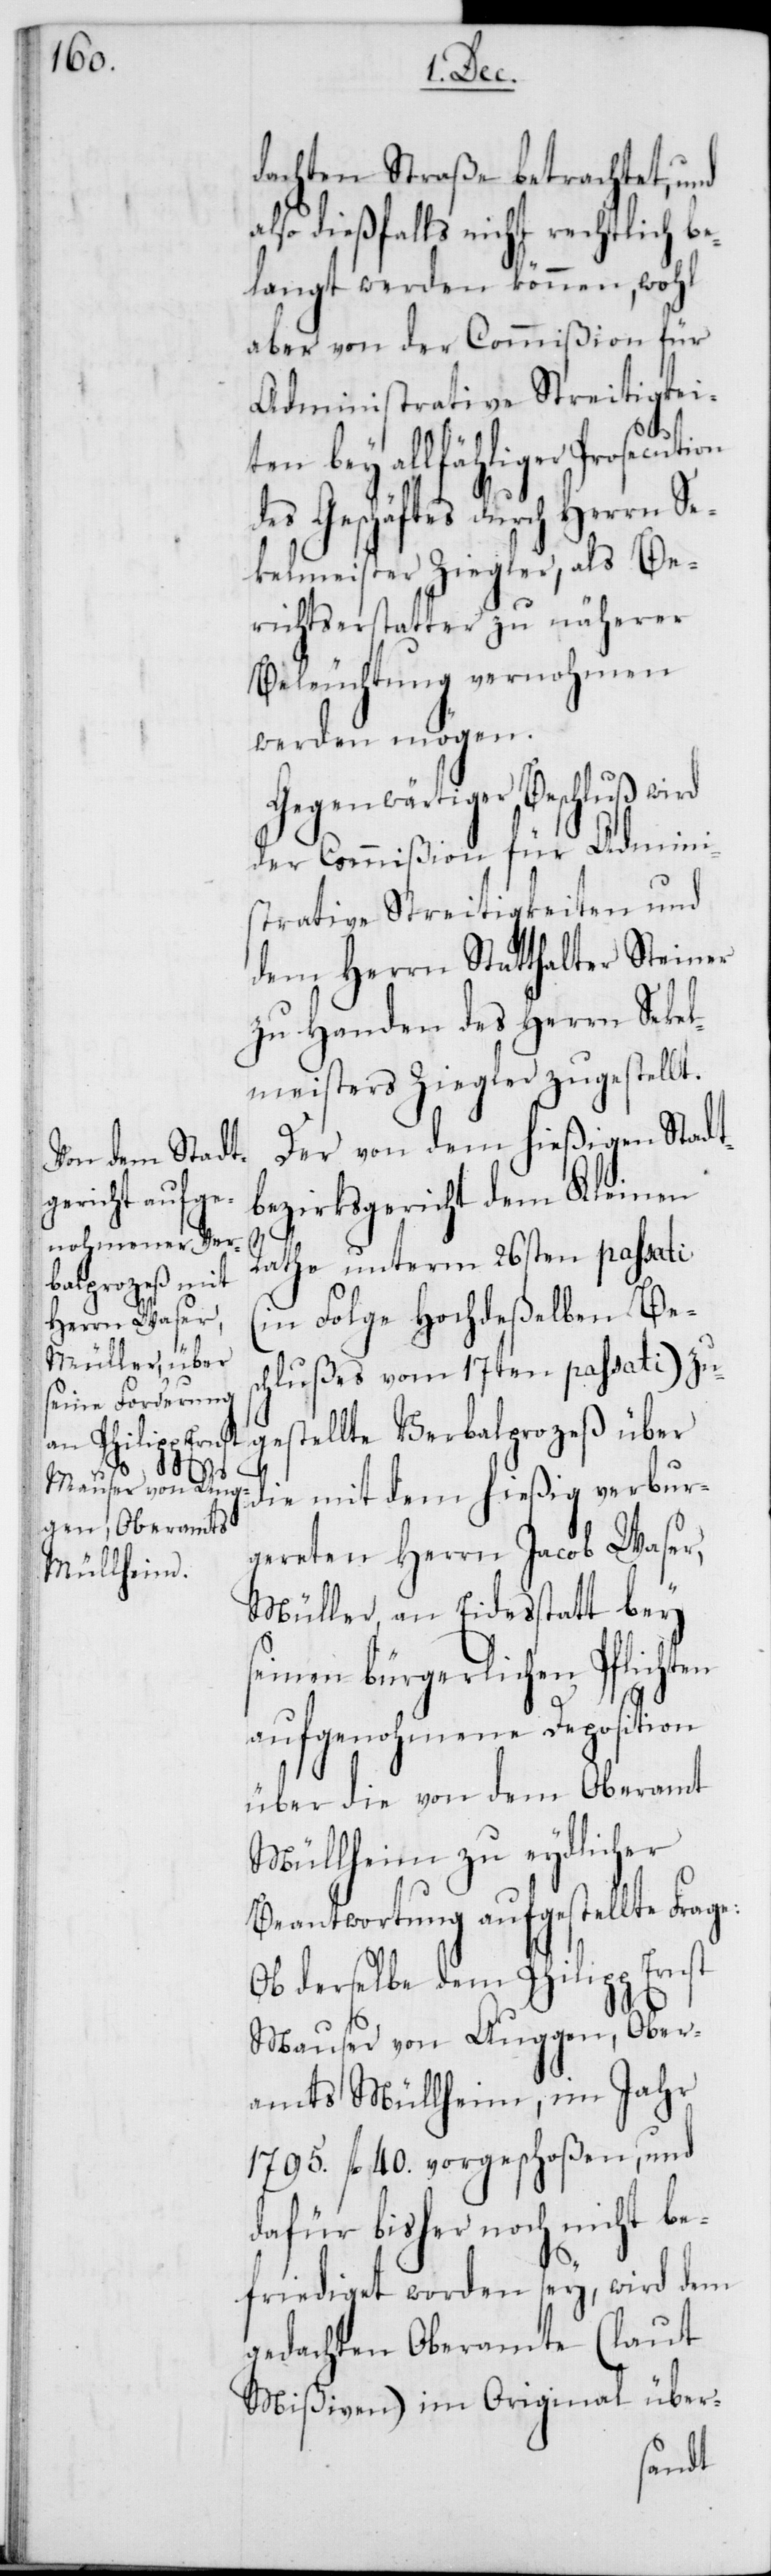
on

dachten Straße betrachtet, und
also dießfalls nicht rechtlich be¬
langt werden können, wohl
aber von der Commißion für
Administrative Streitigkei¬
ten bey allfähliger Prosecuti¬
des Geschäftes durch Herrn Se¬
kelmeister Ziegler, als Be¬
richtserstatter zu näherer
Beleuchtung vernohmen
werden mögen.
Gegenwärtiger Beschluß wird
der Commißion für Admini¬
strative Streitigkeiten und
dem Herrn Statthalter Steiner
zu Handen des Herrn Sekel¬
meisters Ziegler zugestellt.
Der von dem hießigen Stadt¬
bezirksgericht dem Kleinen
Rathe unterm 26sten passati
(in Folge Hochdeßelben Bes¬
chlußes vom 17ten passati) zu¬
gestellte Verbalprozeß über
die mit dem hießig verbur¬
gereten Herrn Jacob Waser,
Müller, an Eidestatt bey
seinen bürgerlichen Pflichten
aufgenohmene Deposition
über die von dem Oberamt
Müllheim zu eydlicher
Beantwortung aufgestellte Frage:
Ob derselbe dem Philipp Ernst
Mauser von Auggen, Ober¬
amts Müllheim, im Jahr
1795. fl. 40. vorgeschoßen, und
dafür bisher noch nicht be¬
friediget worden sey, wird dem
gedachten Oberamte (laut
Mißiven) im Original über-